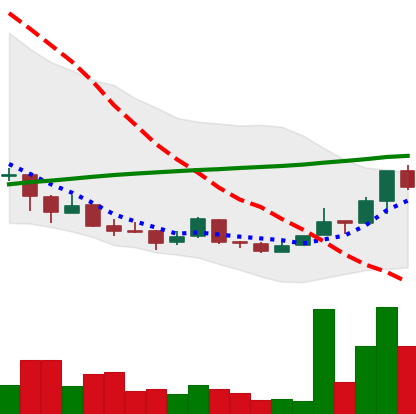
Ticker: NEO-USD
Chart end date: 2018-04-13
Forward return: 17.093%
Label: up_7plus